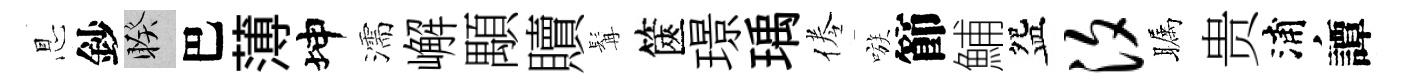
㤙鈔睽巴薄坤濡嶰顒贖髯篋璟瑀倦嗾節鯆盌汐瞩贵浦譚